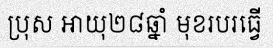
ប្រុស អាយុ២៨ឆ្នាំ មុខរបរធ្វើ